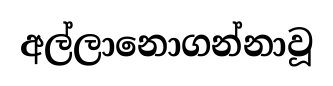
අල්ලානොගන්නාවූ